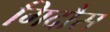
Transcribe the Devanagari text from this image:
गिदौस